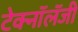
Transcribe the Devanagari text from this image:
टेक्नॉलॅजी